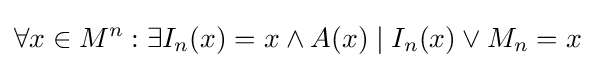
\forall x\in M^{n}:\exists I_{n}(x)=x\wedge A(x)\mid I_{n}(x)\lor M_{n}=x